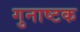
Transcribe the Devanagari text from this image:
गुनाष्टक